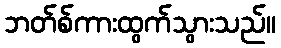
ဘတ်စ်ကားထွက်သွားသည်။